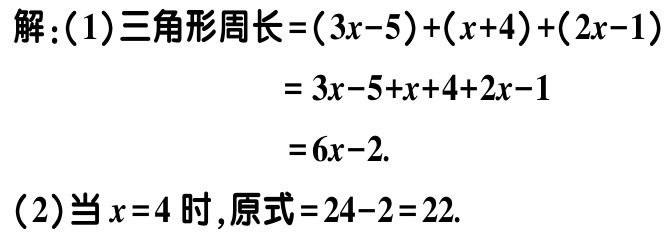
解：(1)三角形周长\(=(3x - 5)+(x + 4)+(2x - 1)\)
\(=3x - 5 + x + 4 + 2x - 1\)
\(=6x - 2\).
(2)当\(x = 4\)时，原式\(=24 - 2 = 22\).